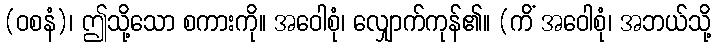
(ဝစနံ)၊ ဤသို့သော စကားကို။ အဝေါစုံ၊ လျှောက်ကုန်၏။ (ကိံ အဝေါစုံ၊ အဘယ်သို့